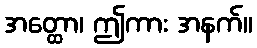
အတ္ထော၊ ဤကား အနက်။